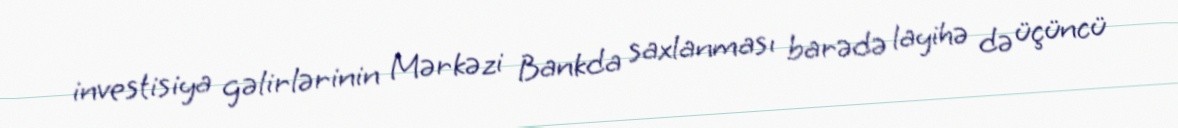
investisiya gəlirlərinin Mərkəzi Bankda saxlanması barədə layihə də üçüncü